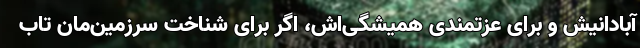
آبادانیش و برای عزتمندی همیشگی‌اش، اگر برای شناخت سرزمین‌مان تاب